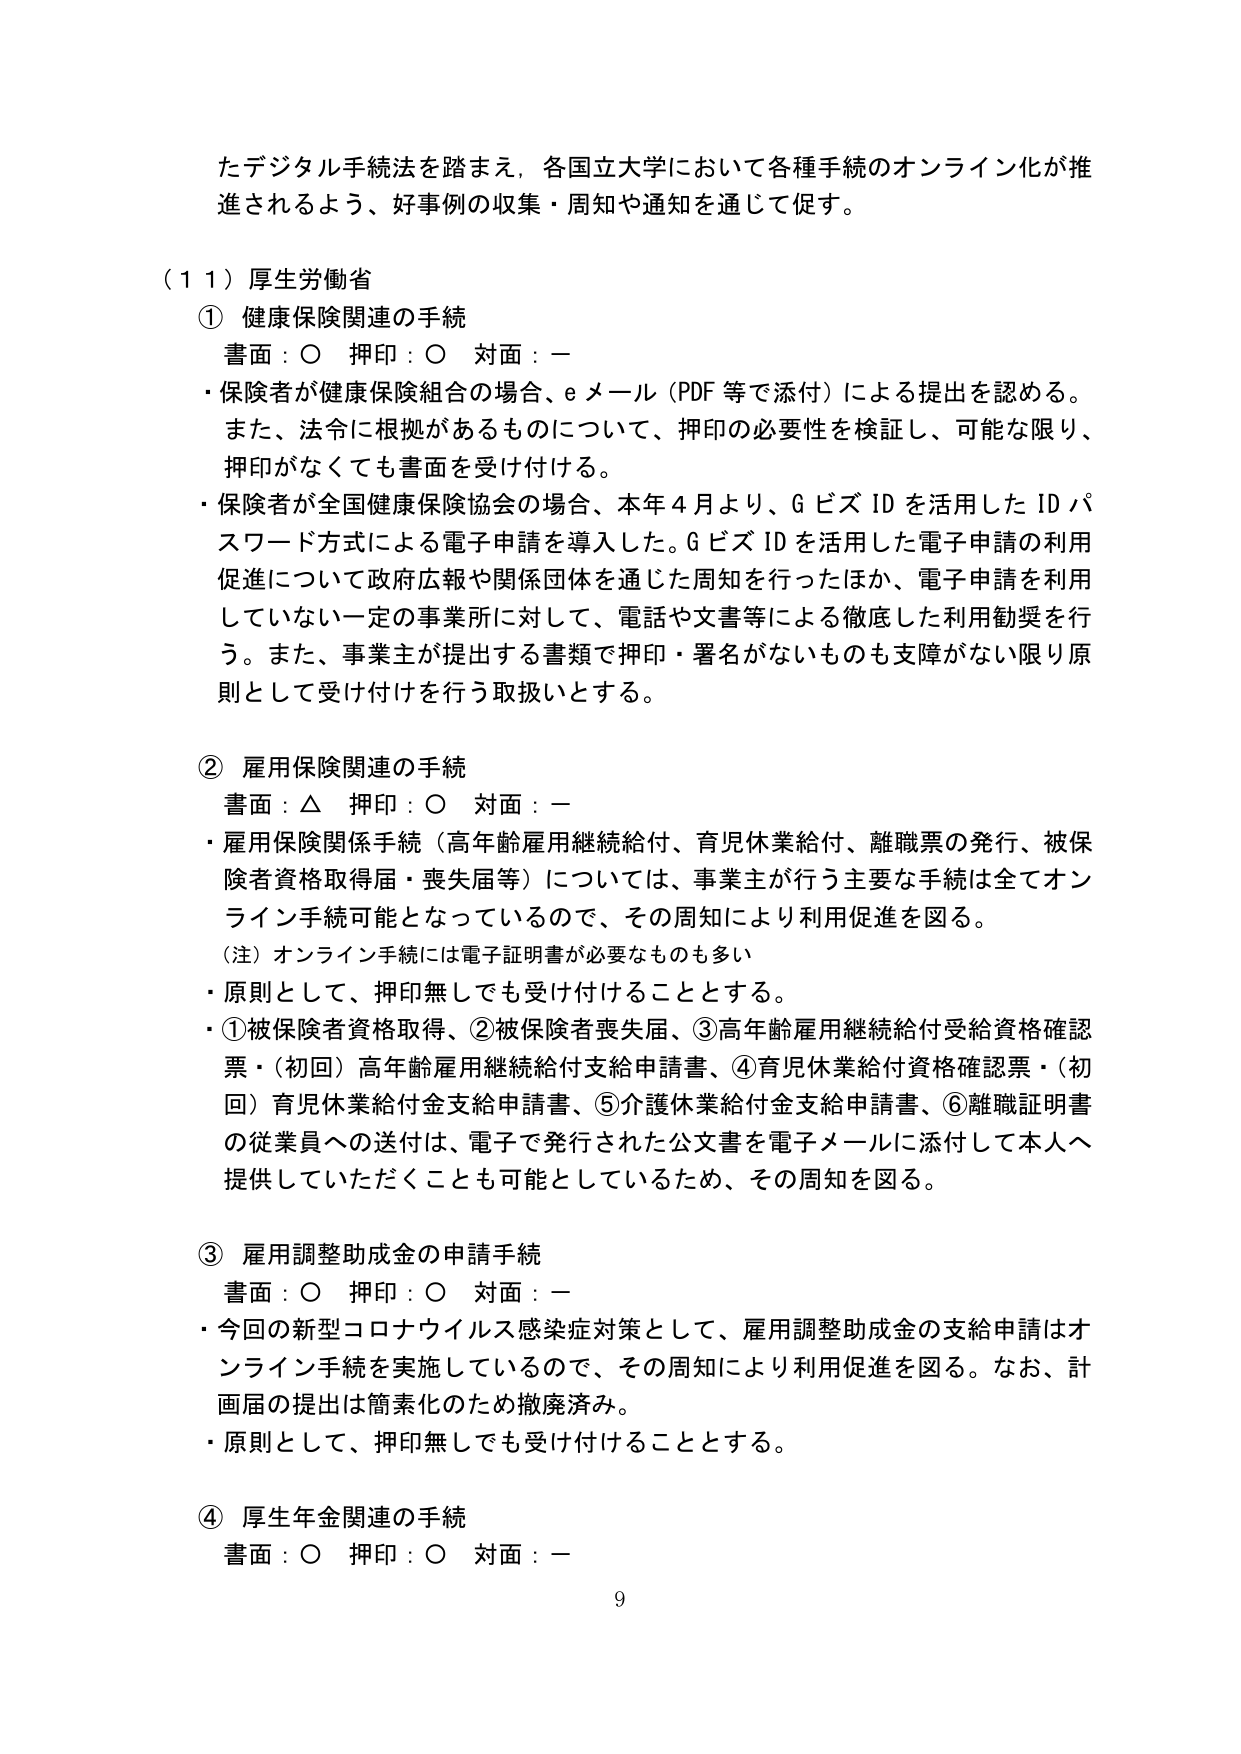
たデジタル手続法を踏まえ、各国立大学において各種手続のオンライン化が推進されるよう、好事例の収集・周知や通知を通じて促す。

（１１）厚生労働省

① 健康保険関連の手続
書面：○ 押印：○ 対面：－
・保険者が健康保険組合の場合、eメール（PDF等で添付）による提出を認める。また、法令に根拠があるものについて、押印の必要性を検証し、可能な限り、押印がなくても書面を受け付ける。
・保険者が全国健康保険協会の場合、本年４月より、GビズIDを活用したIDパスワード方式による電子申請を導入した。GビズIDを活用した電子申請の利用促進について政府広報や関係団体を通じた周知を行ったほか、電子申請を利用していない一定の事業所に対して、電話や文書等による徹底した利用勧奨を行う。また、事業主が提出する書類で押印・署名がないものも支障がない限り原則として受け付けを行う取扱いとする。

② 雇用保険関連の手続
書面：△ 押印：○ 対面：－
・雇用保険関係手続（高年齢雇用継続給付、育児休業給付、離職票の発行、被保険者資格取得届・喪失届等）については、事業主が行う主要な手続は全てオンライン手続可能となっているので、その周知により利用促進を図る。
（注）オンライン手続には電子証明書が必要なものも多い
・原則として、押印無しでも受け付けることとする。
・①被保険者資格取得、②被保険者喪失届、③高年齢雇用継続給付受給資格確認票・（初回）高年齢雇用継続給付支給申請書、④育児休業給付資格確認票・（初回）育児休業給付金支給申請書、⑤介護休業給付金支給申請書、⑥離職証明書の従業員への送付は、電子で発行された公文書を電子メールに添付して本人へ提供していただくことも可能としているため、その周知を図る。

③ 雇用調整助成金の申請手続
書面：○ 押印：○ 対面：－
・今回の新型コロナウイルス感染症対策として、雇用調整助成金の支給申請はオンライン手続を実施しているので、その周知により利用促進を図る。なお、計画届の提出は簡素化のため撤廃済み。
・原則として、押印無しでも受け付けることとする。

④ 厚生年金関連の手続
書面：○ 押印：○ 対面：－

9